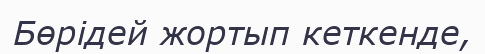
Бөрідей жортып кеткенде,